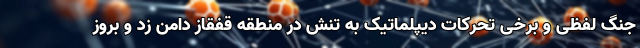
جنگ لفظی و برخی تحرکات دیپلماتیک به تنش در منطقه قفقاز دامن زد و بروز